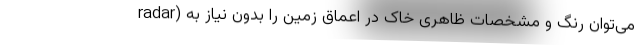
radar) می‌توان رنگ و مشخصات ظاهری خاک در اعماق زمین را بدون نیاز به